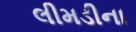
લીમડીના